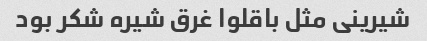
شیرینی مثل باقلوا غرق شیره شکر بود